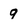
Character: 9